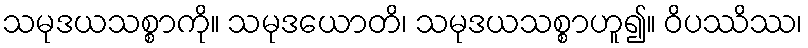
သမုဒယသစ္စာကို။ သမုဒယောတိ၊ သမုဒယသစ္စာဟူ၍။ ဝိပဿိဿ၊